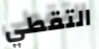
التقطي